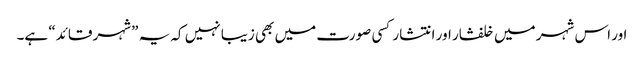
اور اس شہر میں خلفشار اور انتشار کسی صورت میں بھی زیبا نہیں کہ یہ ”شہر قائد“ ہے۔